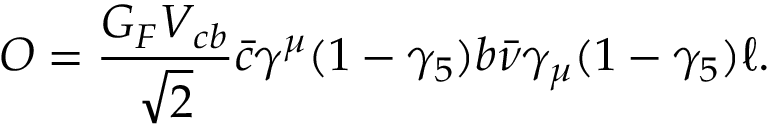
{ \cal O } = \frac { G _ { F } V _ { c b } } { \sqrt { 2 } } \bar { c } \gamma ^ { \mu } ( 1 - \gamma _ { 5 } ) b \bar { \nu } \gamma _ { \mu } ( 1 - \gamma _ { 5 } ) \ell .